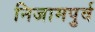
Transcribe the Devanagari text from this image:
निजामपुर्व